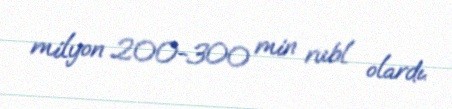
milyon 200-300 min rubl olardı.